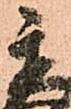
秀